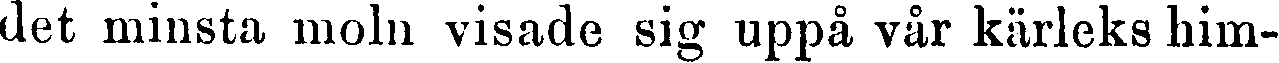
det minsta moln visade sig uppå vår kärleks him-